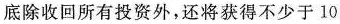
底除收回所有投资外，还将获得不少于 10